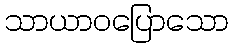
သာယာဝပြောသော